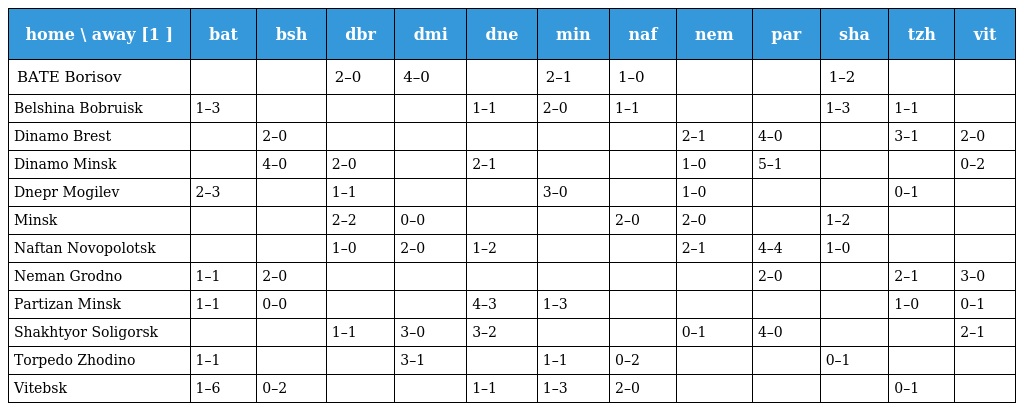
| home \ away [1 ] | bat | bsh | dbr | dmi | dne | min | naf | nem | par | sha | tzh | vit |
 | --- | --- | --- | --- | --- | --- | --- | --- | --- | --- | --- | --- | --- |
 | BATE Borisov |  |  | 2–0 | 4–0 |  | 2–1 | 1–0 |  |  | 1–2 |  |  |
 | Belshina Bobruisk | 1–3 |  |  |  | 1–1 | 2–0 | 1–1 |  |  | 1–3 | 1–1 |  |
 | Dinamo Brest |  | 2–0 |  |  |  |  |  | 2–1 | 4–0 |  | 3–1 | 2–0 |
 | Dinamo Minsk |  | 4–0 | 2–0 |  | 2–1 |  |  | 1–0 | 5–1 |  |  | 0–2 |
 | Dnepr Mogilev | 2–3 |  | 1–1 |  |  | 3–0 |  | 1–0 |  |  | 0–1 |  |
 | Minsk |  |  | 2–2 | 0–0 |  |  | 2–0 | 2–0 |  | 1–2 |  |  |
 | Naftan Novopolotsk |  |  | 1–0 | 2–0 | 1–2 |  |  | 2–1 | 4–4 | 1–0 |  |  |
 | Neman Grodno | 1–1 | 2–0 |  |  |  |  |  |  | 2–0 |  | 2–1 | 3–0 |
 | Partizan Minsk | 1–1 | 0–0 |  |  | 4–3 | 1–3 |  |  |  |  | 1–0 | 0–1 |
 | Shakhtyor Soligorsk |  |  | 1–1 | 3–0 | 3–2 |  |  | 0–1 | 4–0 |  |  | 2–1 |
 | Torpedo Zhodino | 1–1 |  |  | 3–1 |  | 1–1 | 0–2 |  |  | 0–1 |  |  |
 | Vitebsk | 1–6 | 0–2 |  |  | 1–1 | 1–3 | 2–0 |  |  |  | 0–1 |  |